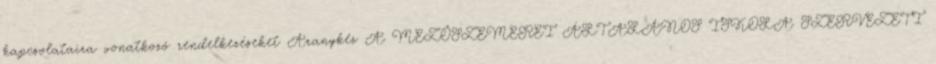
kapcsolataira vonatkozó rendelkezéseket Aranykéz A MEZŐSZEMEREI ÁLTALÁNOS ISKOLA SZERVEZETI